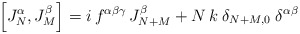
\begin{align*}\left[ J_N^\alpha ,J_M^\beta \right] =i\,f^{\alpha \beta \gamma}\,J_{N+M}^\beta +N\,k\;\delta _{N+M,0}\;\delta ^{\alpha \beta }\end{align*}